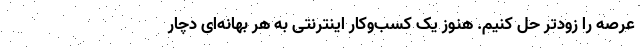
عرصه را زودتر حل کنیم. هنوز یک کسب‌وکار اینترنتی به هر بهانه‌ای دچار